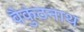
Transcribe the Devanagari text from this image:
वैकुंठनाथ